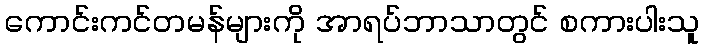
ကောင်းကင်တမန်များကို အာရပ်ဘာသာတွင် စကားပါးသူ